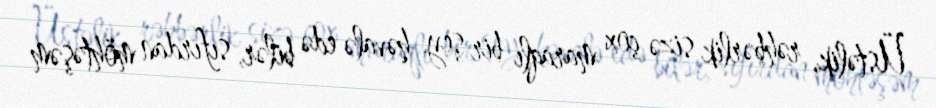
Üstəlik, rəhbərlik sizə çox maraqlı bir şey həvalə edə bilər, sıfırdan möhtəşəm